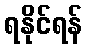
ရနိုင်ရန်